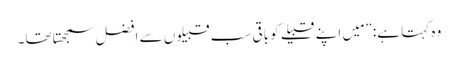
‏ وہ کہتا ہے:‏ ”‏مَیں اپنے قبیلے کو باقی سب قبیلوں سے افضل سمجھتا تھا۔